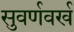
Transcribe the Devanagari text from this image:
सुवर्णवर्ख